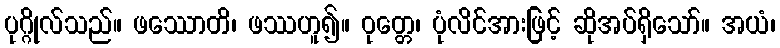
ပုဂ္ဂိုလ်သည်။ ဖဿောတိ၊ ဖဿဟူ၍။ ဝုတ္တေ၊ ပုံလိင်အားဖြင့် ဆိုအပ်ရှိသော်။ အယံ၊